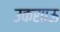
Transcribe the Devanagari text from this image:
उकसाऊ